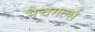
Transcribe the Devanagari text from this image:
मैचगर्ल्स